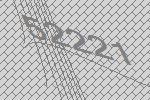
52221